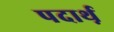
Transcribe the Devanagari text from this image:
पदार्थ़